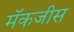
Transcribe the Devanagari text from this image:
मॅकजीस